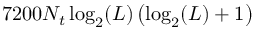
7 2 0 0 N _ { t } \log _ { 2 } ( L ) \left( \log _ { 2 } ( L ) + 1 \right)